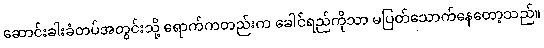
ဆောင်းခါးခံတပ်အတွင်းသို့ ရောက်ကတည်းက ခေါင်ရည်ကိုသာ မပြတ်သောက်နေတော့သည်။